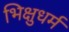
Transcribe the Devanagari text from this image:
भिक्षुधर्म